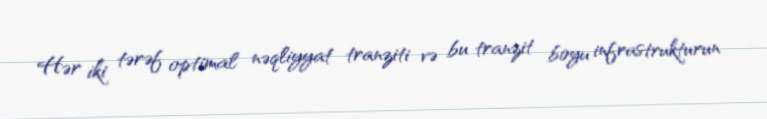
Hər iki tərəf optimal nəqliyyat tranziti və bu tranzit boyu infrastrukturun